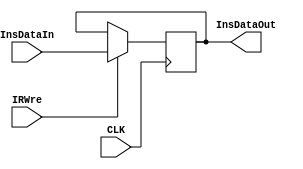
`timescale 1ns / 1ps

module IR(
    input [31:0] InsDataIn,
    input CLK,
    input IRWre,
    output reg [31:0] InsDataOut
    );

    always@(negedge CLK) begin
        if(IRWre) begin
            InsDataOut <= InsDataIn;
        end
    end
endmodule